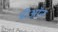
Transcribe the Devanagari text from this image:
प्रीऑन